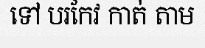
ទៅ បរកែវ កាត់ តាម